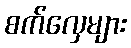
စက်လှေများ